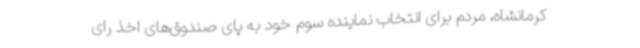
کرمانشاه، مردم برای انتخاب نماینده سوم خود به پای صندوق‌های اخذ رای